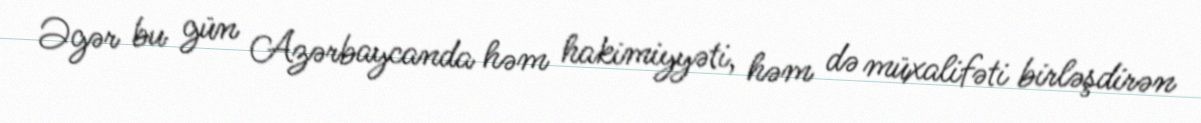
Əgər bu gün Azərbaycanda həm hakimiyyəti, həm də müxalifəti birləşdirən